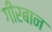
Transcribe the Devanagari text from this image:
गीरबान